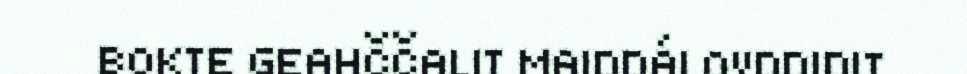
BOKTE GEAHČČALIT MAIDDÁI OVDDIDIT